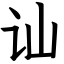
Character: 讪